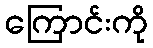
ကြောင်းကို